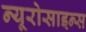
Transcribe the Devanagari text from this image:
न्यूरोसाइन्स